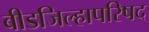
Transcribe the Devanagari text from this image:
बीडजिल्हापरिषद